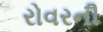
રોવરની